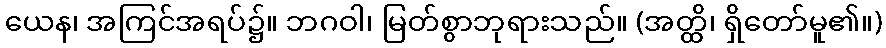
ယေန၊ အကြင်အရပ်၌။ ဘဂဝါ၊ မြတ်စွာဘုရားသည်။ (အတ္ထိ၊ ရှိတော်မူ၏။)